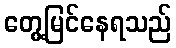
တွေ့မြင်နေရသည်